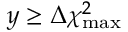
y \ge \Delta \chi _ { \mathrm { m a x } } ^ { 2 }